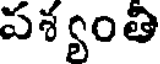
పశ్యంతి